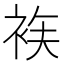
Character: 𲀫